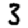
Digit: 3